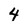
Character: 4